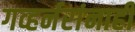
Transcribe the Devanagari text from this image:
गव्हर्नरांनाही